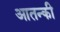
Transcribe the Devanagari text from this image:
आतन्की